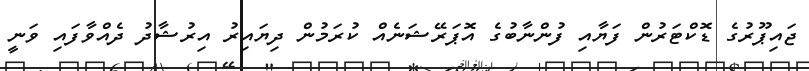
ޖައިޕޫރުގެ ޑޮކްޓަރުން ފަޔާއި ފުންނާބުގެ އޮޕަރޭޝަނެއް ކުރަމުން ދިޔައިރު އިރުޝާދު ދެއްވާފައި ވަނީ